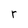
Character: r